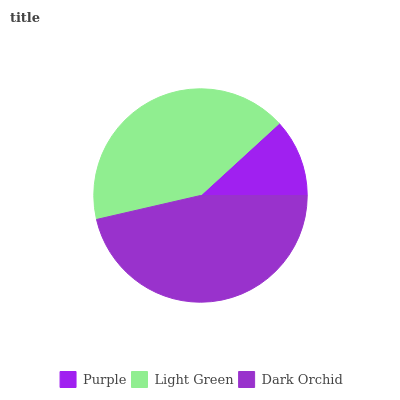
| Purple | Light Green | Dark Orchid |
 | --- | --- | --- |
 | 11.8% | 41.8% | 46.4% |